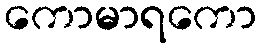
ကောမာရကော